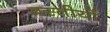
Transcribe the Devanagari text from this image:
बस्तीयों